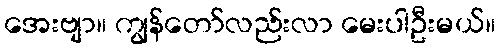
အေးဗျာ။ ကျွန်တော်လည်းလာ မေးပါဦးမယ်။